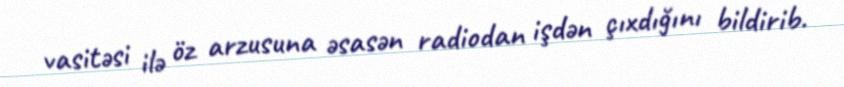
vasitəsi ilə öz arzusuna əsasən radiodan işdən çıxdığını bildirib.